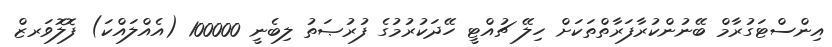
އިންސްޓަގުރާމް ބޭނުންކުރާފަރާތްތަކަށް ހިލޭ ޗުއްޓީ ހޭދަކުރުމުގެ ފުރުޞަތު ލިބެނީ 100000 (އެއްލައްކަ) ފޮލޮވަރޒް